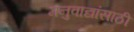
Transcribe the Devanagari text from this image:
मनुवाद्यांसाठी